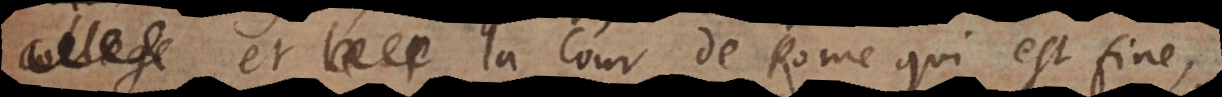
le p la cour de Rome qui est fine,